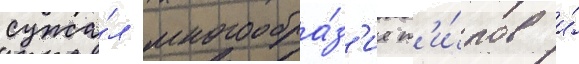
сужа́л многообра́з'ие т'и́пов и́